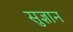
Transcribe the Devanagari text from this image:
सुज्ञान